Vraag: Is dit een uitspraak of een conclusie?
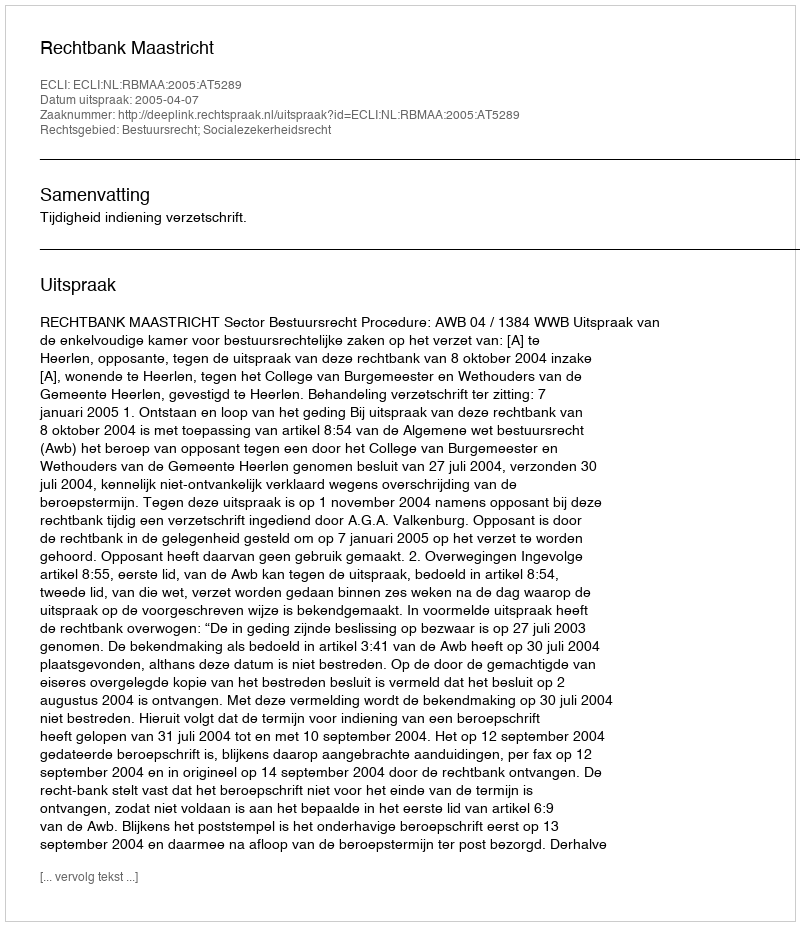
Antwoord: Uitspraak